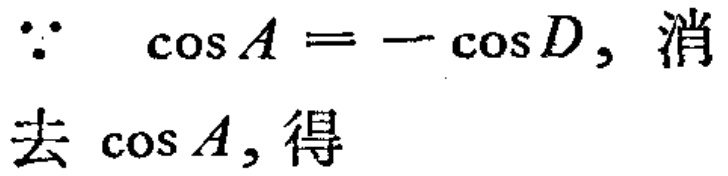
\(\because \quad \cos A = -\cos D,\) 消去 \(\cos A,\) 得